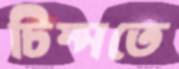
চিম্‌সতে